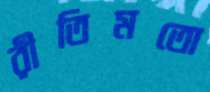
রীতিমতো